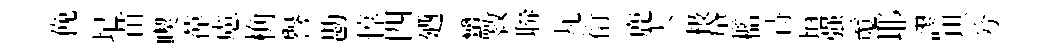
俛圮苗喫葆慮桷譽勘惇四廼蠻斁聨丸衍鹿天极黛檻待垣强䰟耶謬琪兮